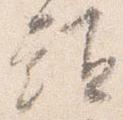
頭